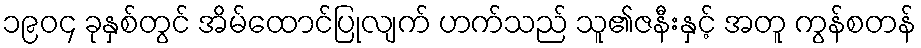
၁၉၀၄ ခုနှစ်တွင် အိမ်ထောင်ပြုလျက် ဟက်သည် သူ၏ဇနီးနှင့် အတူ ကွန်စတန်